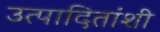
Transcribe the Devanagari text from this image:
उत्पादितांशी